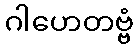
ဂါဟေတဗ္ဗံ